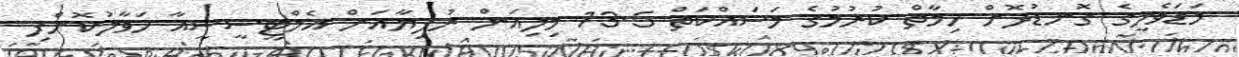
މަޑަވެލީގެ ގޮނޑުދޮށް ހިމާތް ކުރުމުގެ މަސައްކަތް 13.5 މިލިއަން ރުފިޔާއަށް އެމްޓީސީސީއާ ހަވާލުކޮށްފި